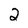
Character: 2